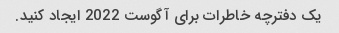
یک دفترچه خاطرات برای آگوست 2022 ایجاد کنید.